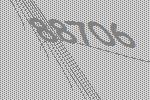
88706